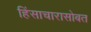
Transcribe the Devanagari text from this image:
हिंसाचारासोबत